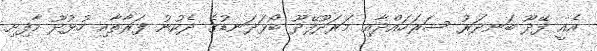
އެއީ ފޭދޫ ބަނދަރު ސަރަހައްދާއި މަރަދޫފޭދޫ ބޯޅަދަނޑުގެ ދެކުނު ފަރާތާއި ހުޅުދޫ މާފިށި